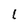
Character: 1